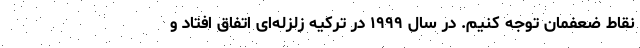
نقاط ضعفمان توجه کنیم. در سال ۱۹۹۹ در ترکیه زلزله‌ای اتفاق افتاد و